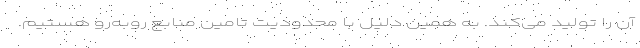
آن را تولید می‌کند. به همین دلیل با محدودیت تامین منابع روبه‌رو هستیم.